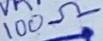
Text: 100Ω